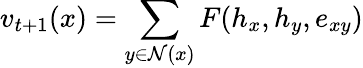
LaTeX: v_{t+1}(x)=\sum_{y\in\mathcal{N}(x)}F(h_{x},h_{y},e_{xy})